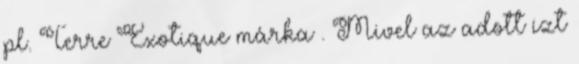
pl. Terre Exotique márka . Mivel az adott ízt